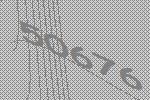
50676